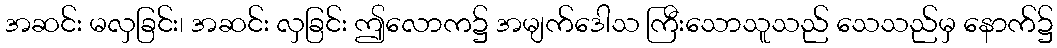
အဆင်း မလှခြင်း၊ အဆင်း လှခြင်း ဤလောက၌ အမျက်ဒေါသ ကြီးသောသူသည် သေသည်မှ နောက်၌